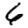
Digit: 6